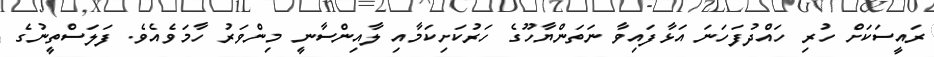
ރައީސަކަށް ހުރި ހައްދުފަހަނަ އަޅާފައިވާ ނަތަންޔާހޫގެ ހަރުކަށިކަމާއި ލާއިންސާނީ މިންވަރު ހާމަވެއެވެ. ފަލަސްތީނުގެ